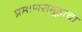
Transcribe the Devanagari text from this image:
प्रमाणसमूहाचा